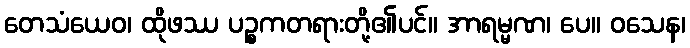
တေသံယေဝ၊ ထိုဖဿ ပဉ္စကတရားတို့၏ပင်။ အာရမ္မဏ၊ ပေ။ ဝသေန၊